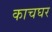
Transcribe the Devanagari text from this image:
काचघर